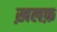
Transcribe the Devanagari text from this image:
ख़लफ़